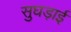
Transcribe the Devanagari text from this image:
सुघड़ाई